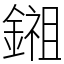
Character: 鎺